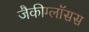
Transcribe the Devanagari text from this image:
ज़ैकीग्लॉसस